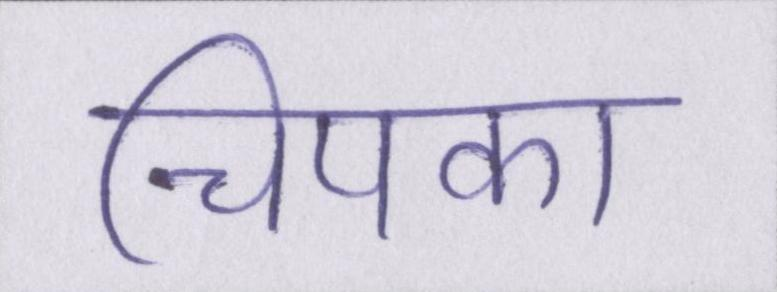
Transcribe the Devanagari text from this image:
चिपका